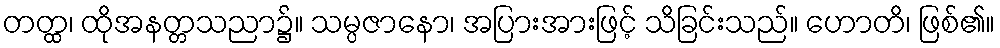
တတ္ထ၊ ထိုအနတ္တသညာ၌။ သမ္ပဇာနော၊ အပြားအားဖြင့် သိခြင်းသည်။ ဟောတိ၊ ဖြစ်၏။